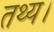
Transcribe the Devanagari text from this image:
तथ्य।